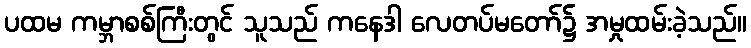
ပထမ ကမ္ဘာစစ်ကြီးတွင် သူသည် ကနေဒါ လေတပ်မတော်၌ အမှုထမ်းခဲ့သည်။